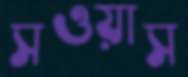
সওয়াস